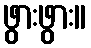
ဖွားဖွား။